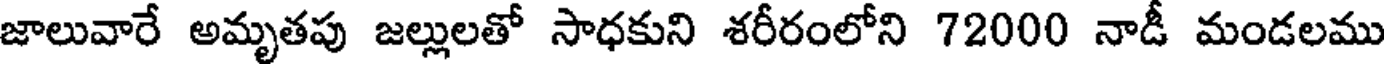
జాలువారే అమృతపు జల్లులతో సాధకుని శరీరంలోని 72000 నాడీ మండలము